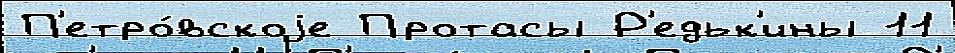
П'етро́вскоjе Протасы Р'едьк'ины 11